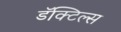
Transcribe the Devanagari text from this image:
डॅक्टिल्स